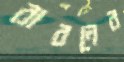
রাবনের